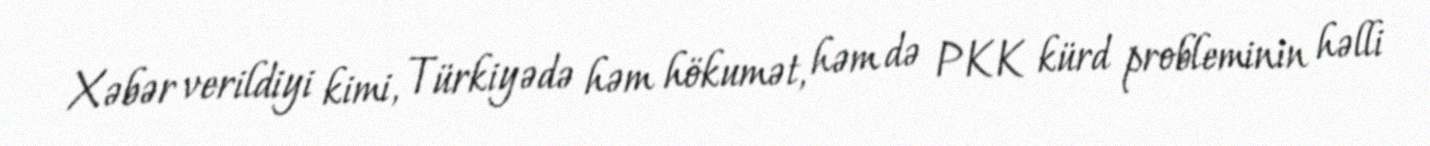
Xəbər verildiyi kimi, Türkiyədə həm hökumət, həm də PKK kürd probleminin həlli